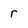
Character: r